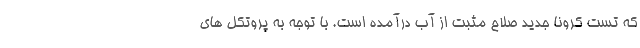
که تست کرونا جدید صلاح مثبت از آب درآمده است. با توجه به پروتکل های